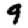
Digit: 9